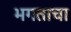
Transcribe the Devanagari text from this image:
भगताचा